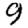
Digit: 9